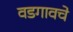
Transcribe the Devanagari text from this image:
वडगावचे